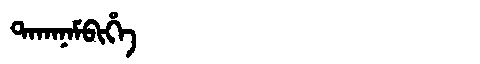
Manchu: ᡨᠠᡴᠠᠨᠠᠮᠪᡳᡥᡝ
Romanization: TAKANAMBIHE